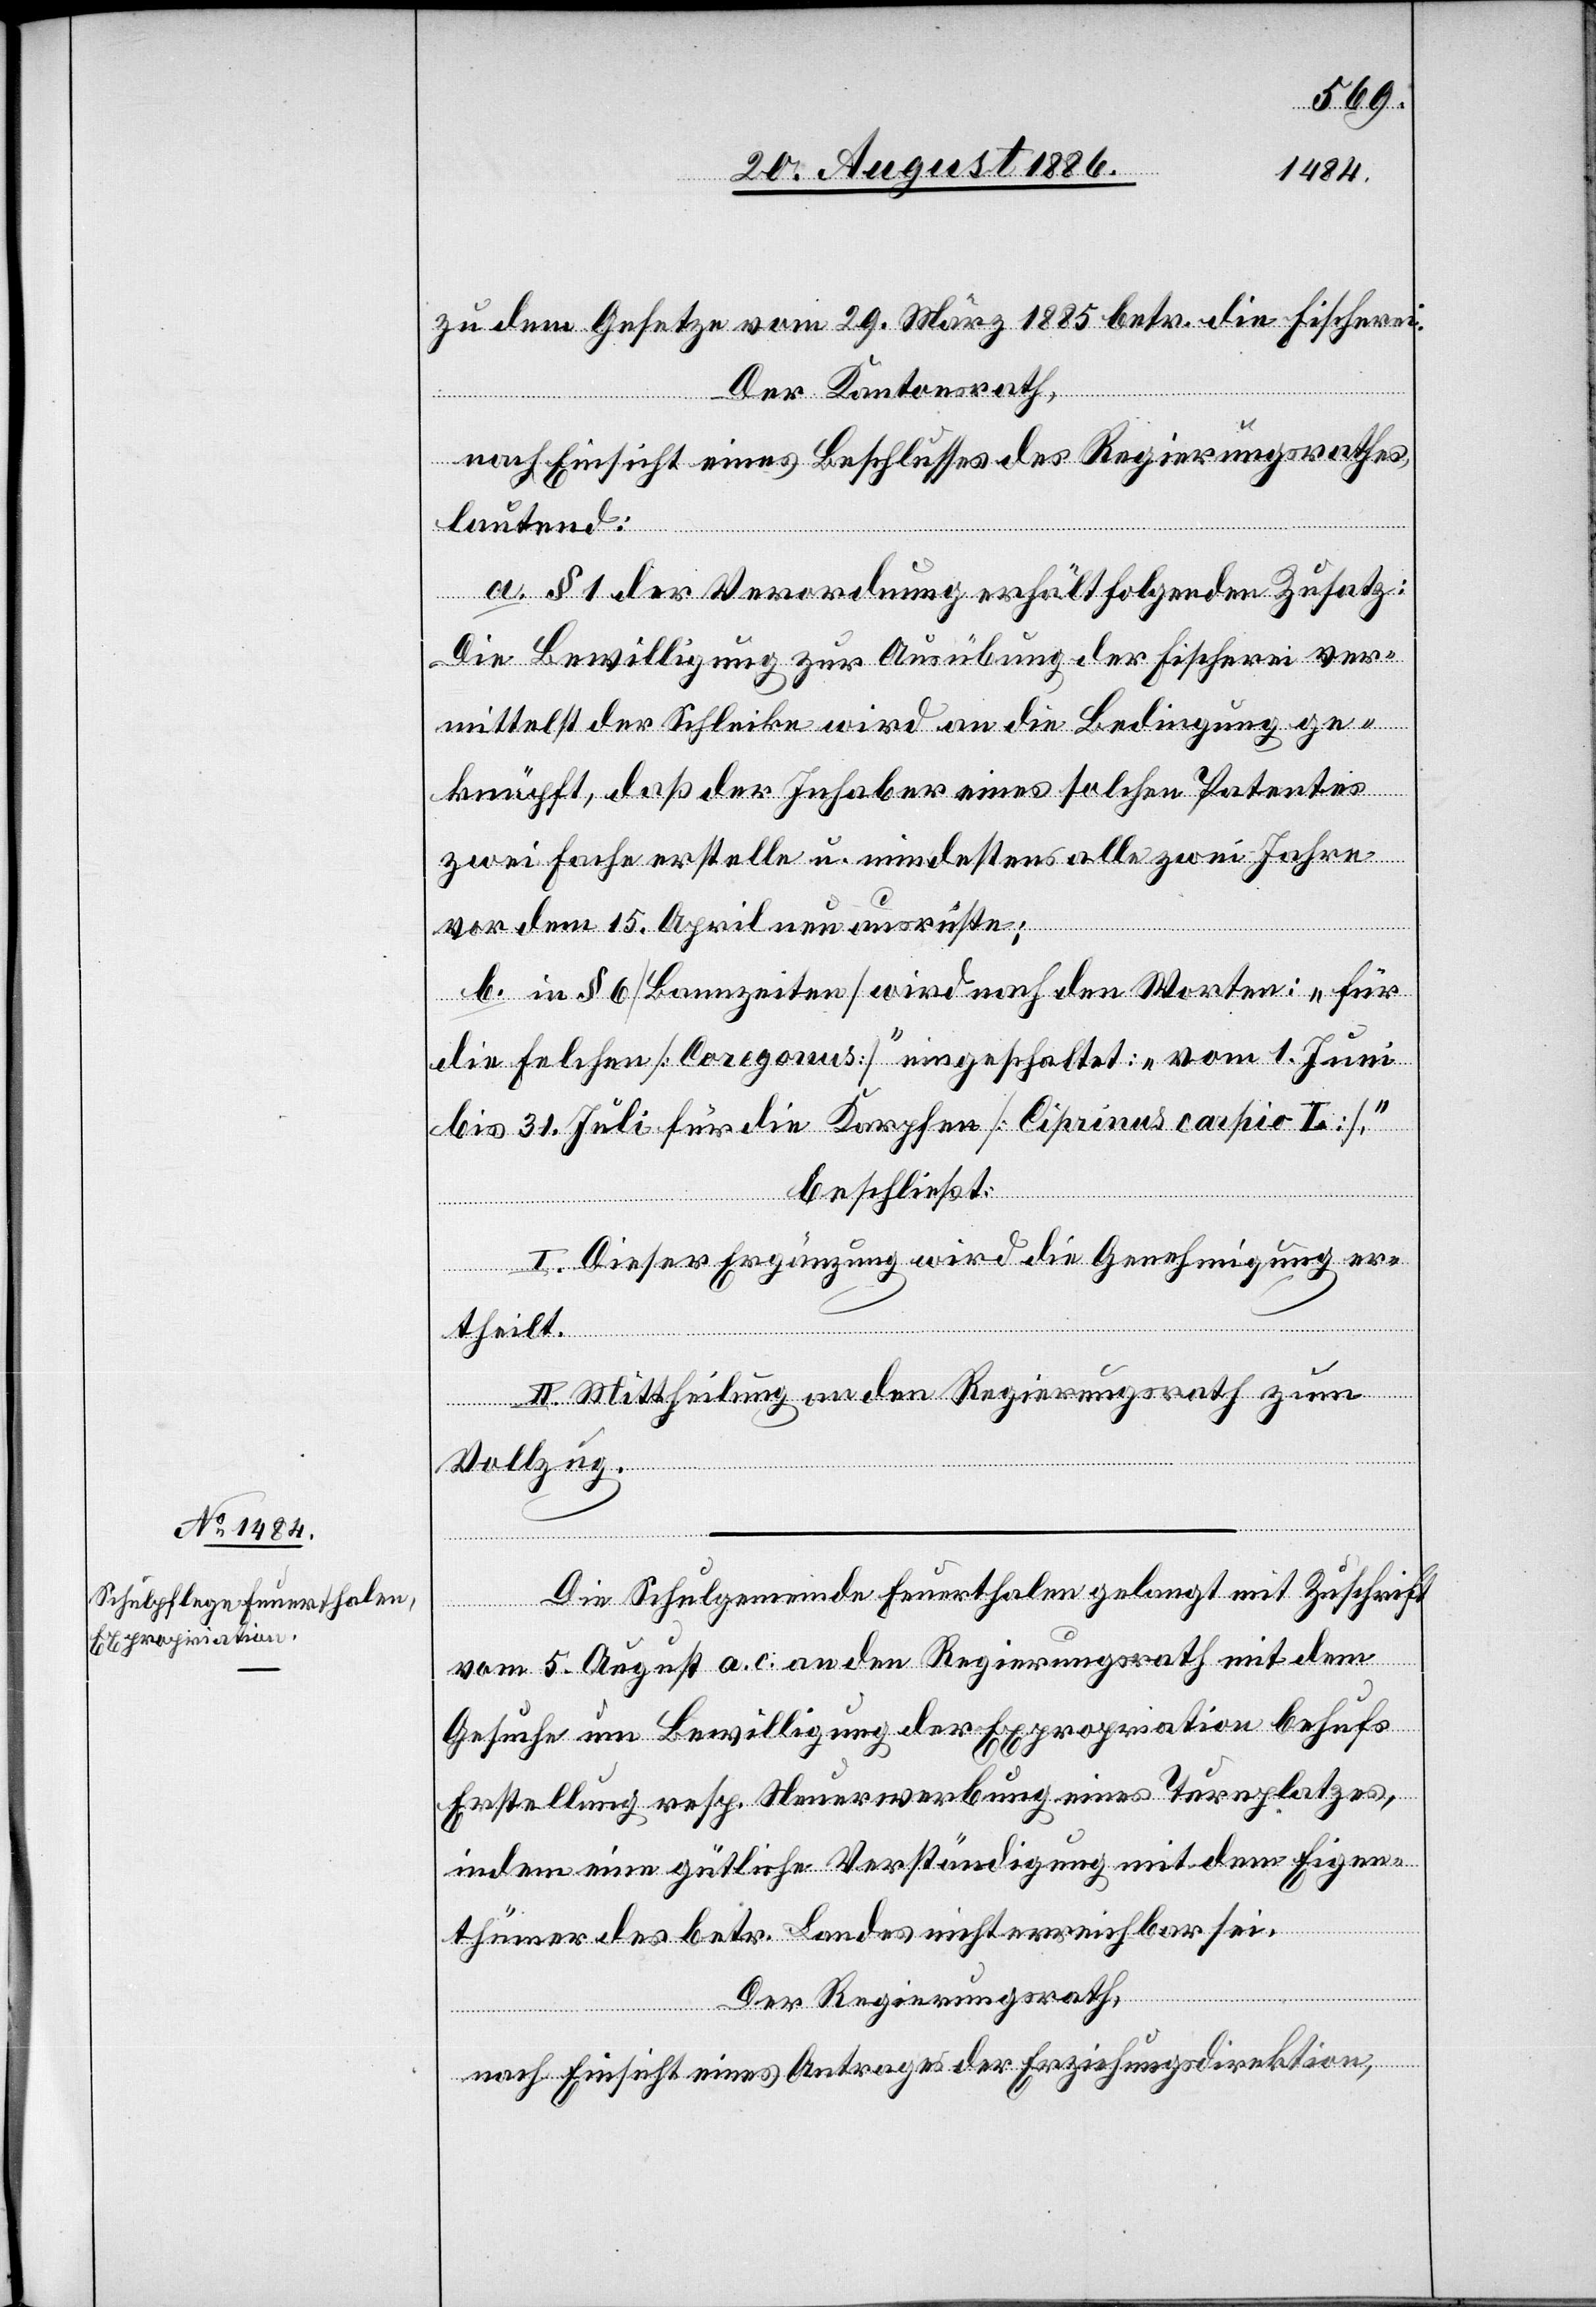
zu dem Gesetze vom 29. März 1885 betr. die Fischerei.
Der Kantonsrath,
nach Einsicht eines Beschlusses des Regierungsrathes,
lautend:
a. § 1 der Verordnung erhält folgenden Zusatz:
Die Bewilligung zur Ausübung der Fischerei ver¬
mittelst der Schleike wird an die Bedingung ge¬
knüpft, daß der Inhaber eines solchen Patentes
zwei Fache erstelle u. mindestens alle zwei Jahre
vor dem 15. April neu ausrüste;
b. in § 6 [Bannzeiten] wird nach den Worten: „für
die Felchen [Coregonus]“ eingeschaltet: „vom 1. Juni
bis 31. Juli für die Karpfen [Ciprinus carpio L]“,
beschließt:
I. Dieser Ergänzung wird die Genehmigung er¬
theilt.
II. Mittheilung an den Regierungsrath zum
Vollzug.
Die Schulgemeinde Feuerthalen gelangt mit Zuschrift
vom 5. August a. c. an den Regierungsrath mit dem
Gesuche um Bewilligung der Expropriation behufs
Erstellung resp. Neuerwerbung eines Turnplatzes,
indem eine gütliche Verständigung mit dem Eigen¬
thümer des betr. Landes nicht erreichbar sei.
Der Regierungsrath,
nach Einsicht eines Antrages der Erziehungsdirektion,